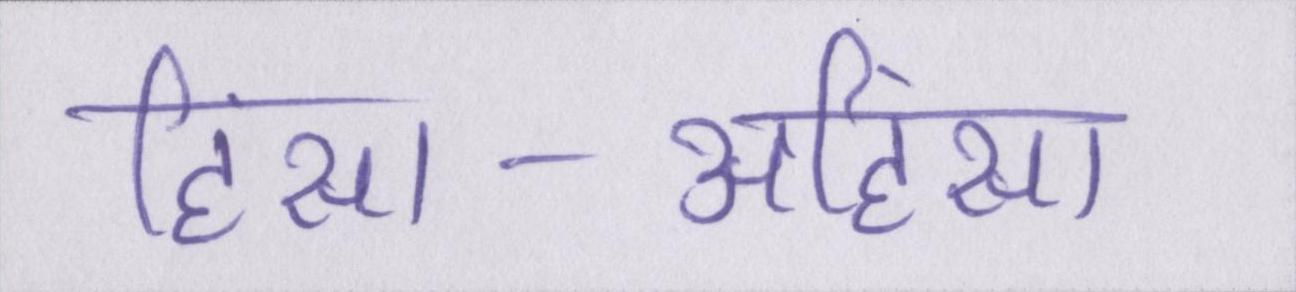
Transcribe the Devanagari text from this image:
हिंसा-अहिंसा